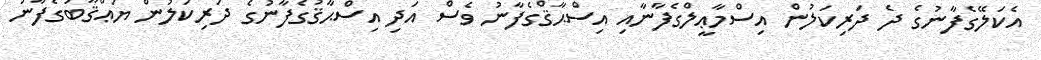
އެކަލޭގެފާނުގެ ދެ ދަރިކަލުން އިސްމާޢީލްގެފާނާއި އިސްޙާޤްގެފާނު ވެސް އަދި އިސްޙާޤުގެފާނުގެ ދަރިކަލުން ޔަޢްޤޫބުގެފާނު